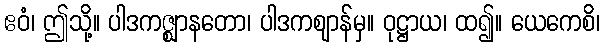
ဧဝံ၊ ဤသို့။ ပါဒကဇ္ဈာနတော၊ ပါဒကဈာန်မှ။ ဝုဋ္ဌာယ၊ ထ၍။ ယေကေစိ၊